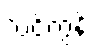
လင်ကွန်း